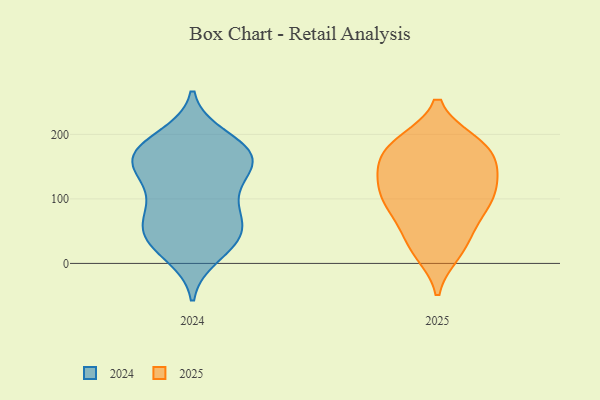
{"axis": {"x": "Market Share (%)", "y": "Value"}, "legend": ["2024", "2025"], "data": [{"x": "", "y": 93, "type": "2024"}, {"x": "", "y": 30, "type": "2024"}, {"x": "", "y": 13, "type": "2024"}, {"x": "", "y": 133, "type": "2024"}, {"x": "", "y": 29, "type": "2024"}, {"x": "", "y": 149, "type": "2024"}, {"x": "", "y": 154, "type": "2024"}, {"x": "", "y": 175, "type": "2024"}, {"x": "", "y": 46, "type": "2024"}, {"x": "", "y": 148, "type": "2024"}, {"x": "", "y": 169, "type": "2024"}, {"x": "", "y": 68, "type": "2024"}, {"x": "", "y": 196, "type": "2024"}, {"x": "", "y": 177, "type": "2024"}, {"x": "", "y": 184, "type": "2024"}, {"x": "", "y": 53, "type": "2024"}, {"x": "", "y": 161, "type": "2024"}, {"x": "", "y": 108, "type": "2024"}, {"x": "", "y": 79, "type": "2024"}, {"x": "", "y": 50, "type": "2024"}, {"x": "", "y": 88, "type": "2025"}, {"x": "", "y": 133, "type": "2025"}, {"x": "", "y": 92, "type": "2025"}, {"x": "", "y": 187, "type": "2025"}, {"x": "", "y": 131, "type": "2025"}, {"x": "", "y": 177, "type": "2025"}, {"x": "", "y": 187, "type": "2025"}, {"x": "", "y": 100, "type": "2025"}, {"x": "", "y": 121, "type": "2025"}, {"x": "", "y": 166, "type": "2025"}, {"x": "", "y": 18, "type": "2025"}, {"x": "", "y": 183, "type": "2025"}, {"x": "", "y": 27, "type": "2025"}, {"x": "", "y": 87, "type": "2025"}, {"x": "", "y": 65, "type": "2025"}, {"x": "", "y": 161, "type": "2025"}, {"x": "", "y": 29, "type": "2025"}, {"x": "", "y": 132, "type": "2025"}]}